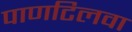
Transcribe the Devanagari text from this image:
पाणटिलवा